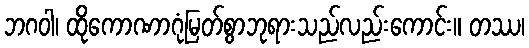
ဘဂဝါ၊ ထိုကောဏာဂုံမြတ်စွာဘုရားသည်လည်းကောင်း။ တဿ၊